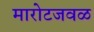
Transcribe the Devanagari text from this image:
मारोटजवळ